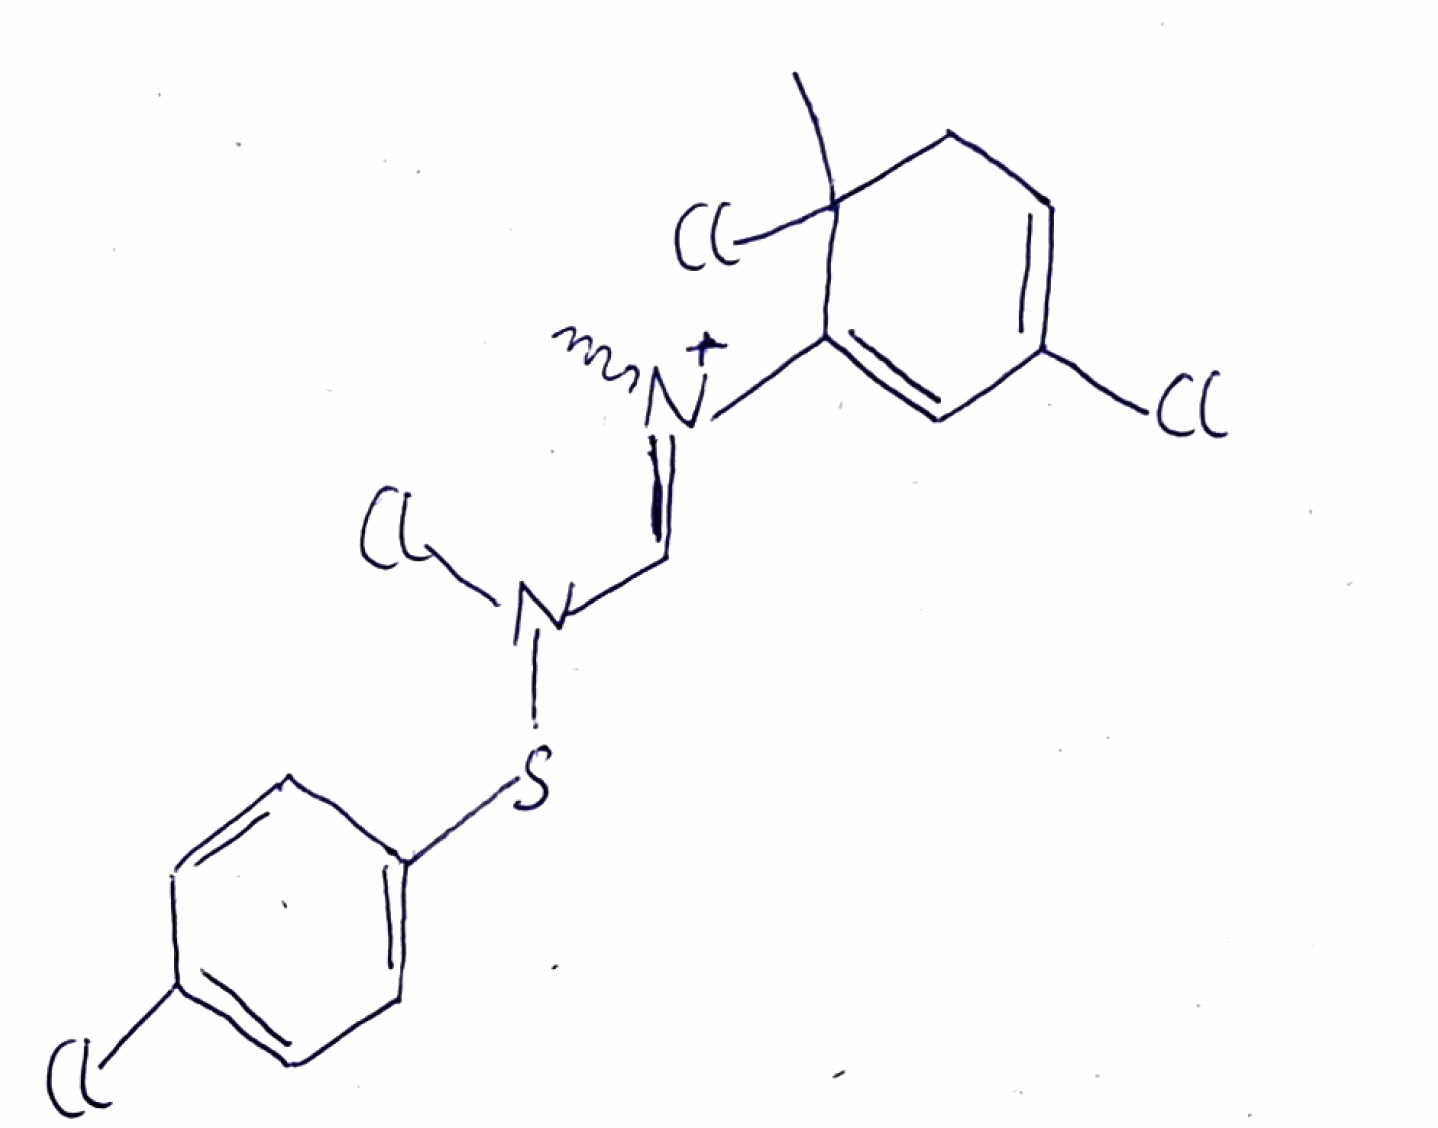
Simplified molecular-input line-entry system (SMILES) notation of the given molecule:
CC1(CC=C(C=C1[N+](=CN(SC2=CC=C(C=C2)Cl)Cl)C)Cl)Cl